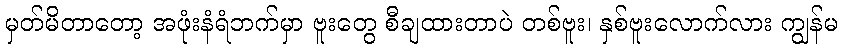
မှတ်မိတာတော့ အဖုံးနံရံဘက်မှာ ဗူးတွေ စီချထားတာပဲ တစ်ဗူး၊ နှစ်ဗူးလောက်လား ကျွန်မ